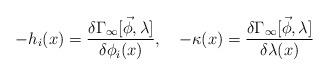
LaTeX: \begin{align*}-h_i(x)= \frac {\delta \Gamma_{\infty} [\vec \phi,\lambda]}{\delta \phi_i(x)}, \quad- \kappa(x)=\frac{\delta \Gamma_{\infty}[\vec \phi,\lambda]} {\delta \lambda(x)} \end{align*}